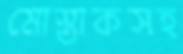
মোস্তাকসহ